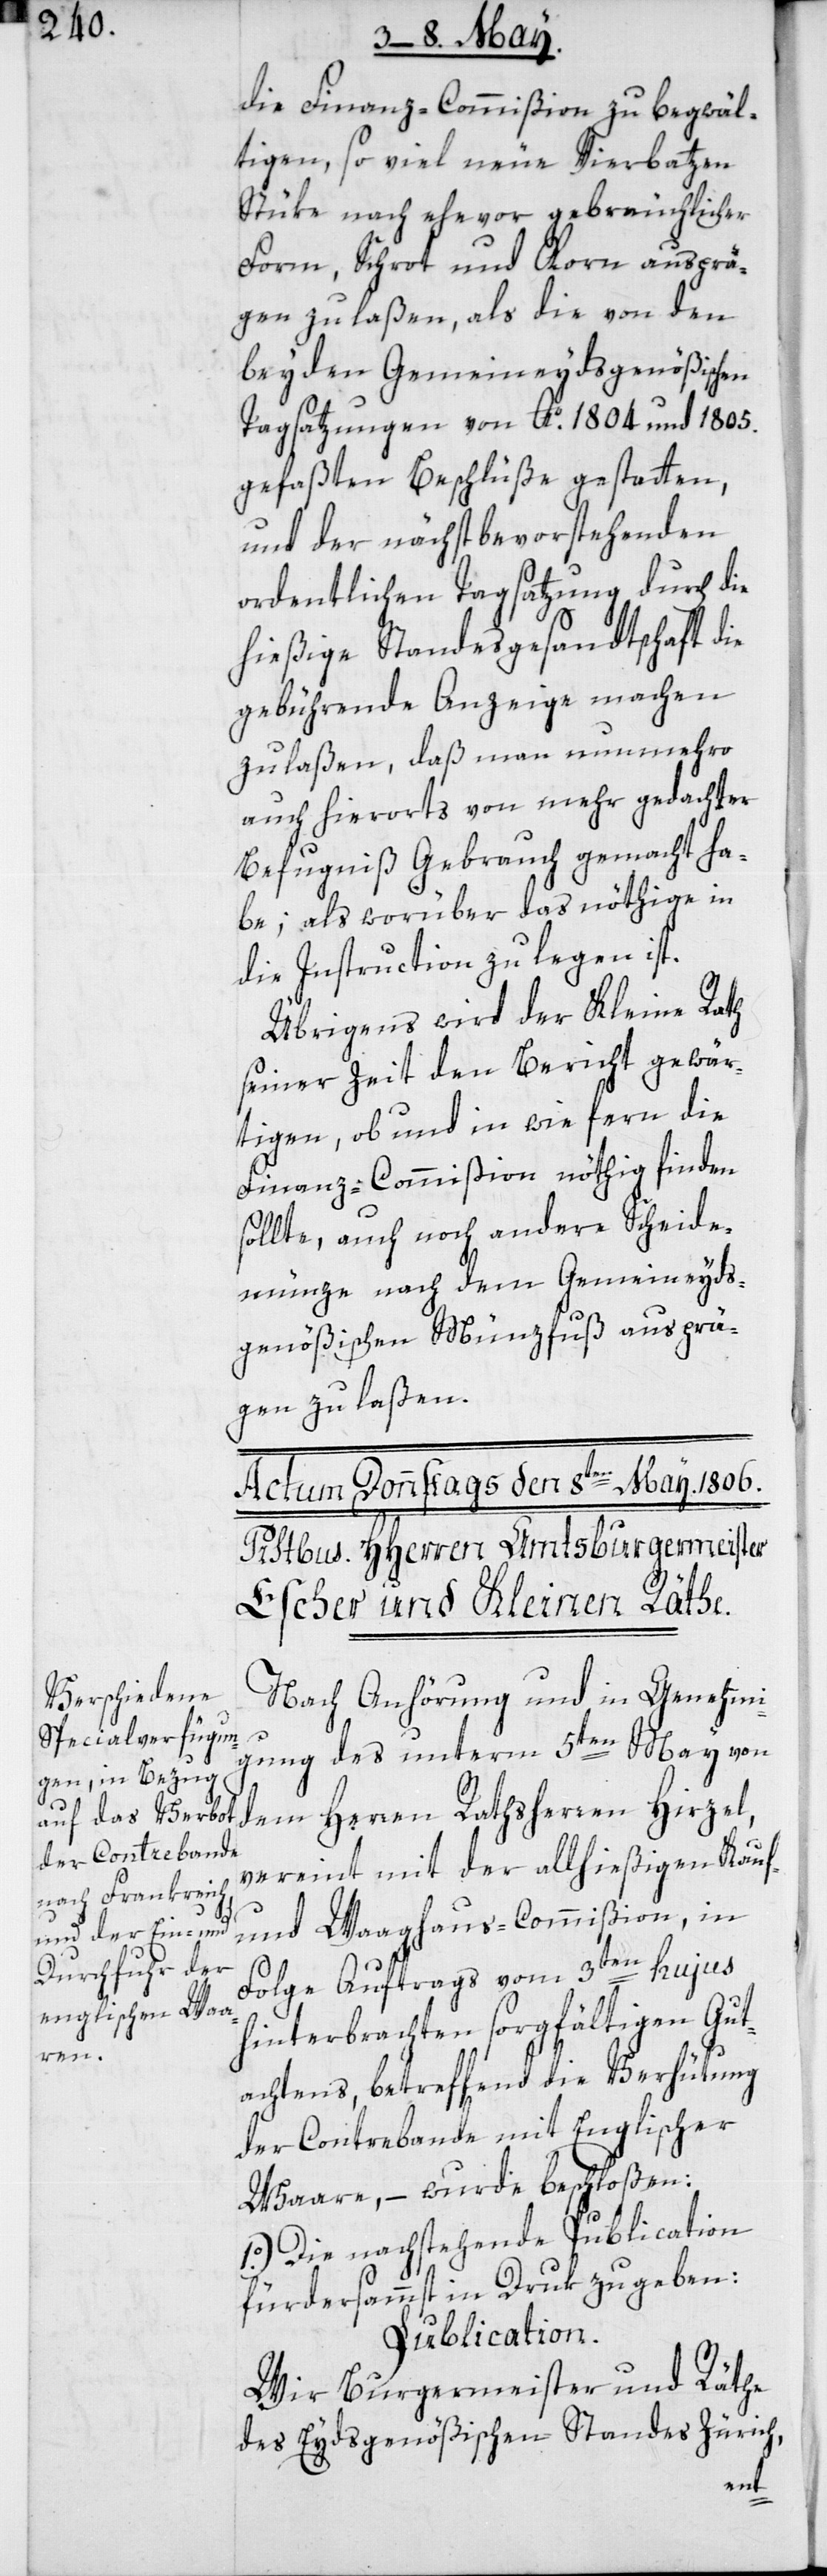
die Finanz-Commißion zu begwäl¬
tigen, so viel neue Vierbatzen
Stüke nach ehevor gebräuchlicher
Form, Schrot und Korn ausprä¬
gen zu laßen, als die von den
beyden Gemeineydsgenößischen
Tagsatzungen von Ao. 1804 und 1805.
gefaßten Beschlüße gestatten,
und der nächstbevorstehenden
ordentlichen Tagsatzung durch die
hießige Standesgesandtschaft die
gebührende Anzeige machen
zulaßen, daß man nunmehro
auch hierorts von mehr gedachter
Befugniß Gebrauch gemacht ha¬
be; als worüber das nöthige in
die Instruction zu legen ist.
Übrigens wird der Kleine Rath
seiner Zeit den Bericht gewär¬
tigen, ob und in wie fern die
Finanz-Commißion nöthig finden
sollte, auch noch andere Scheide¬
münze nach dem Gemeineyds¬
genößischen Münzfuß ausprä¬
gen zu laßen.
Nach Anhörung und in Genehmi¬
gung des unterm 5ten May von
dem Herren Rathsherren Hirzel,
vereint mit der allhießigen Kauf-
und Waaghaus-Commißion, in
Folge Auftrags vom 3ten hujus
hinterbrachten sorgfältigen Gut¬
achtens, betreffend die Verhütung
der Contrebande mit Englischer
Waare, – wurde beschloßen:
I.) Die nachstehende Publication
fürdersammst in Druk zu geben:
Publication.
Wir Burgermeister und Räthe
des Eydsgenößischen Standes Zürich,